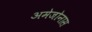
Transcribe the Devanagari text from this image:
अमेजोनास